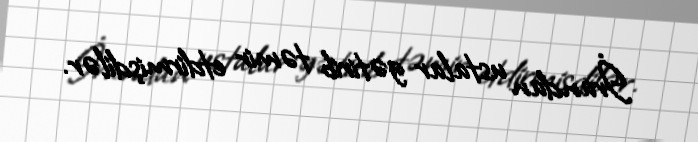
İrandan ustalar gətirib təmir etdirmişdilər.